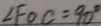
\angle F O C = 9 0 ^ { \circ }